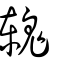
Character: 䰤